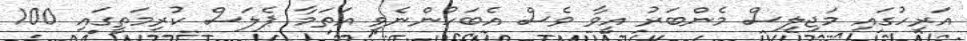
އަރިހުގައި މަޖިލިސް މެންބަރު އީވާ ވެސް އެބަހުންނެވި އަތަމާ ޕެލަސް ކުރިމަތީގައި 100